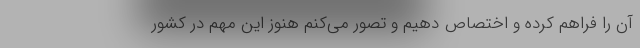
آن را فراهم کرده و اختصاص دهیم و تصور می‌کنم هنوز این مهم در کشور